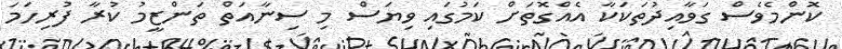
ކޮންމެވެސް ގަވާއިދުތަކަކާ އެއްގޮތަށް ކަމުގައި ވިޔަސް މި ސިނާއަތް ތަންޒީމު ކުރާ ފުރިހަމަ